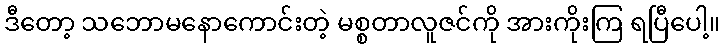
ဒီတော့ သဘောမနောကောင်းတဲ့ မစ္စတာလူဇင်ကို အားကိုးကြ ရပြီပေါ့။